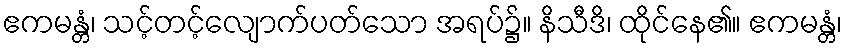
ဧကမန္တံ၊ သင့်တင့်လျောက်ပတ်သော အရပ်၌။ နိသီဒိ၊ ထိုင်နေ၏။ ဧကမန္တံ၊